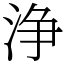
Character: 浄